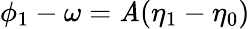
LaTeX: \phi_{1}-\omega=\mathit{A}(\eta_{1}-\eta_{0})